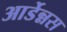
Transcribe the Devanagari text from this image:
आर्डेन्नस